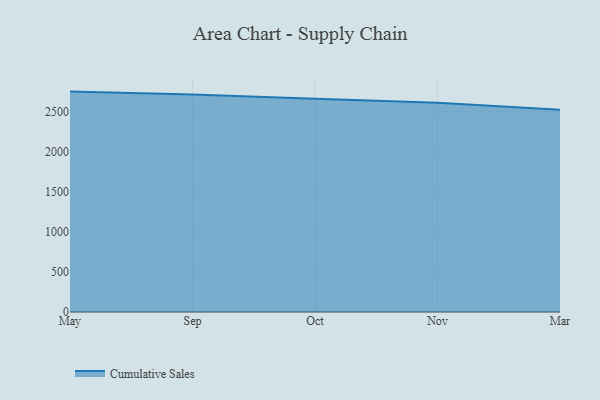
{"axis": {"x": "Month", "y": "Latency (ms)"}, "legend": ["Cumulative Sales"], "data": [{"x": "May", "y": 2753.6, "type": "Cumulative Sales"}, {"x": "Sep", "y": 2716.3, "type": "Cumulative Sales"}, {"x": "Oct", "y": 2663.7, "type": "Cumulative Sales"}, {"x": "Nov", "y": 2613.6, "type": "Cumulative Sales"}, {"x": "Mar", "y": 2525.9, "type": "Cumulative Sales"}]}